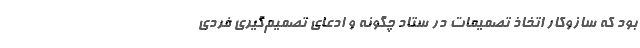
بود که سازوکار اتخاذ تصمیمات در ستاد چگونه و ادعای تصمیم‌گیری فردی